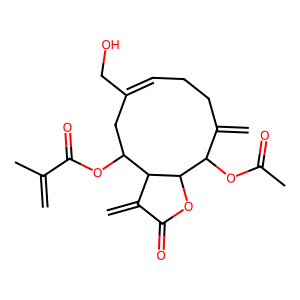
SMILES: C=C(C)C(=O)OC1CC(CO)=CCCC(=C)C(OC(C)=O)C2OC(=O)C(=C)C12
Inhibits HIV replication: No